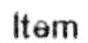
ITEM